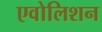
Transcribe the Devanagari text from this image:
एवोलिशन